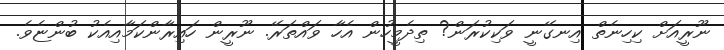
ނޫރީއަށް ކިހިނެތް އިނގޭނީ ވަކިކުރަން? ތިދެމީހުން އެހާ ވައްތަރޭ. ނޫރީން ހައިރާންކަމާއިއެކު ބުންޏެވެ.